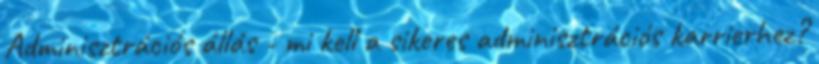
Adminisztrációs állás - mi kell a sikeres adminisztrációs karrierhez?